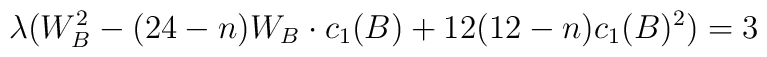
\lambda(W_{B}^{2}-(24-n)W_{B} \cdot c_{1}(B)+ 12(12-n)c_{1}(B)^{2})=3